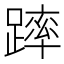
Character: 𨄮